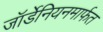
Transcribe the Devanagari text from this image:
जॉर्डेनियनमार्फत